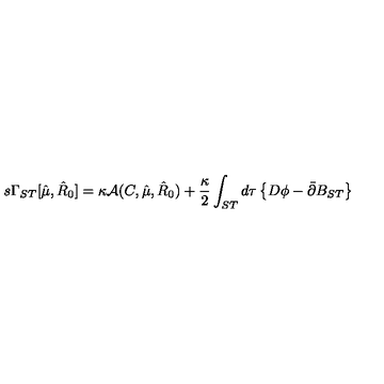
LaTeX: s \Gamma _ { S T } [ \hat { \mu } , \hat { R } _ { 0 } ] = \kappa { \cal A } ( C , \hat { \mu } , \hat { R } _ { 0 } ) + \frac { \kappa } { 2 } \int _ { S T } d \tau \left\{ D \phi - \bar { \partial } B _ { S T } \right\}